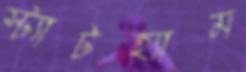
স্ট্যাটহ্যাম